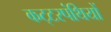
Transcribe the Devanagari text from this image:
कट्‍टरपंथियों